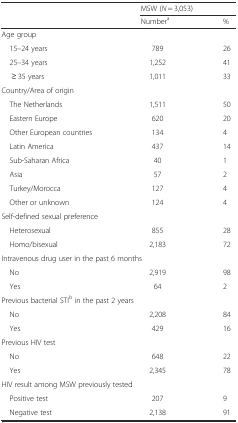
<table><thead><tr><td></td><td colspan="2"><b>MSW (<i>N</i> = 3,053)</b></td></tr><tr><td></td><td><b>Number<sup>a</sup></b></td><td><b>%</b></td></tr></thead><tbody><tr><td colspan="3">Age group</td></tr><tr><td> 15–24 years</td><td>789</td><td>26</td></tr><tr><td> 25–34 years</td><td>1,252</td><td>41</td></tr><tr><td>≥ 35 years</td><td>1,011</td><td>33</td></tr><tr><td colspan="3">Country/Area of origin</td></tr><tr><td> The Netherlands</td><td>1,511</td><td>50</td></tr><tr><td> Eastern Europe</td><td>620</td><td>20</td></tr><tr><td> Other European countries</td><td>134</td><td>4</td></tr><tr><td> Latin America</td><td>437</td><td>14</td></tr><tr><td> Sub-Saharan Africa</td><td>40</td><td>1</td></tr><tr><td> Asia</td><td>57</td><td>2</td></tr><tr><td> Turkey/Morocca</td><td>127</td><td>4</td></tr><tr><td> Other or unknown</td><td>124</td><td>4</td></tr><tr><td colspan="3">Self-defined sexual preference</td></tr><tr><td> Heterosexual</td><td>855</td><td>28</td></tr><tr><td> Homo/bisexual</td><td>2,183</td><td>72</td></tr><tr><td colspan="3">Intravenous drug user in the past 6 months</td></tr><tr><td> No</td><td>2,919</td><td>98</td></tr><tr><td> Yes</td><td>64</td><td>2</td></tr><tr><td colspan="3">Previous bacterial STI<sup>b</sup> in the past 2 years</td></tr><tr><td> No</td><td>2,208</td><td>84</td></tr><tr><td> Yes</td><td>429</td><td>16</td></tr><tr><td colspan="3">Previous HIV test</td></tr><tr><td> No</td><td>648</td><td>22</td></tr><tr><td> Yes</td><td>2,345</td><td>78</td></tr><tr><td colspan="3">HIV result among MSW previously tested</td></tr><tr><td> Positive test</td><td>207</td><td>9</td></tr><tr><td> Negative test</td><td>2,138</td><td>91</td></tr></tbody></table>